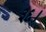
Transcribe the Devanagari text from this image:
३६।